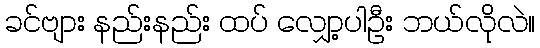
ခင်ဗျား နည်းနည်း ထပ် လျှော့ပါဦး ဘယ်လိုလဲ။